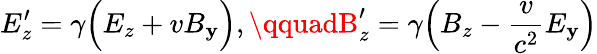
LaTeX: E_{z}^{\prime}=\gamma\Big(E_{z}+vB_{\mathbf{y}}\Big),\qquadB_{z}^{\prime}=\gamma\Big(B_{z}-\frac{{v}}{{c^{2}}}E_{\mathbf{y}}\Big)